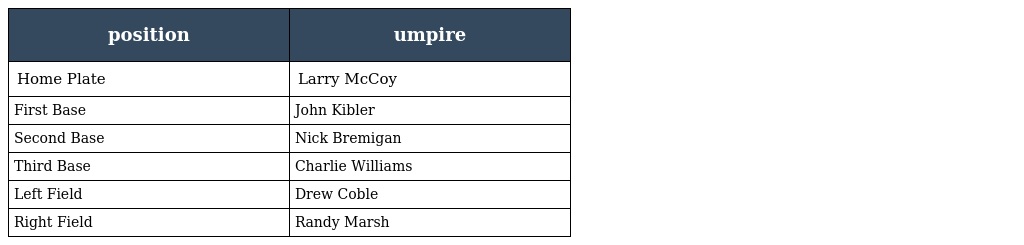
| position | umpire |
 | --- | --- |
 | Home Plate | Larry McCoy |
 | First Base | John Kibler |
 | Second Base | Nick Bremigan |
 | Third Base | Charlie Williams |
 | Left Field | Drew Coble |
 | Right Field | Randy Marsh |